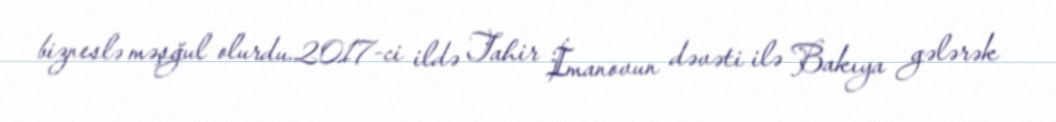
bizneslə məşğul olurdu.2017-ci ildə Tahir İmanovun dəvəti ilə Bakıya gələrək